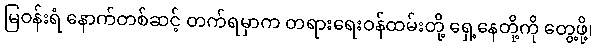
မြဝန်းရံ နောက်တစ်ဆင့် တက်ရမှာက တရားရေးဝန်ထမ်းတို့ ရှေ့နေတို့ကို တွေ့ဖို့၊